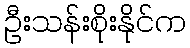
ဦးသန်းစိုးနိုင်က